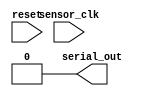
`timescale 1ns / 1ps
//////////////////////////////////////////////////////////////////////////////////
// Company: 
// Engineer: 
// 
// Design Name: 
// Module Name:    Serial_Sample_Control 
// Project Name: 
// Target Devices: 
// Tool versions: 
// Description: 
//
// Dependencies: 
//
// Revision: 
// Revision 0.01 - File Created
// Additional Comments: 
//
//////////////////////////////////////////////////////////////////////////////////
module Serial_Sample_Control(
    input sensor_clk,
	 input reset,
    output serial_out
    );
	reg [8:0]cntr = 0;
	
	//Asynchronous reset
	always @(posedge reset)
		cntr <= 0;
	
	//Start Sample Cycle Every 129 Clock cycles
	always @(negedge sensor_clk)
		if(cntr == 128)
			cntr <= 0;
		else
			cntr <= cntr +1'b1;
	
	assign serial_out = (cntr == 1);

endmodule